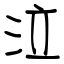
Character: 泣